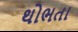
થોભતા